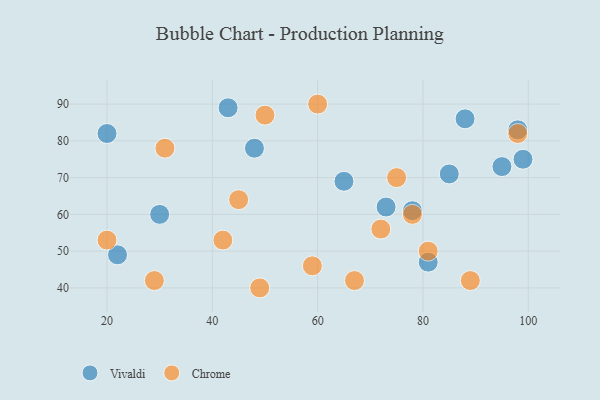
{"axis": {"x": "GDP", "y": "Life Expectancy"}, "legend": ["Chrome", "Vivaldi"], "data": [{"x": "48", "y": 78, "type": "Vivaldi"}, {"x": "65", "y": 69, "type": "Vivaldi"}, {"x": "95", "y": 73, "type": "Vivaldi"}, {"x": "20", "y": 82, "type": "Vivaldi"}, {"x": "98", "y": 83, "type": "Vivaldi"}, {"x": "78", "y": 61, "type": "Vivaldi"}, {"x": "22", "y": 49, "type": "Vivaldi"}, {"x": "73", "y": 62, "type": "Vivaldi"}, {"x": "99", "y": 75, "type": "Vivaldi"}, {"x": "30", "y": 60, "type": "Vivaldi"}, {"x": "81", "y": 47, "type": "Vivaldi"}, {"x": "88", "y": 86, "type": "Vivaldi"}, {"x": "85", "y": 71, "type": "Vivaldi"}, {"x": "43", "y": 89, "type": "Vivaldi"}, {"x": "78", "y": 60, "type": "Chrome"}, {"x": "75", "y": 70, "type": "Chrome"}, {"x": "45", "y": 64, "type": "Chrome"}, {"x": "89", "y": 42, "type": "Chrome"}, {"x": "72", "y": 56, "type": "Chrome"}, {"x": "60", "y": 90, "type": "Chrome"}, {"x": "49", "y": 40, "type": "Chrome"}, {"x": "20", "y": 53, "type": "Chrome"}, {"x": "31", "y": 78, "type": "Chrome"}, {"x": "98", "y": 82, "type": "Chrome"}, {"x": "29", "y": 42, "type": "Chrome"}, {"x": "81", "y": 50, "type": "Chrome"}, {"x": "42", "y": 53, "type": "Chrome"}, {"x": "50", "y": 87, "type": "Chrome"}, {"x": "59", "y": 46, "type": "Chrome"}, {"x": "67", "y": 42, "type": "Chrome"}]}